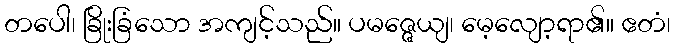
တပေါ၊ ခြိုးခြံသော အကျင့်သည်။ ပမဇ္ဇေယျ၊ မေ့လျော့ရာ၏။ ဧတံ၊